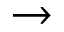
\rightarrow